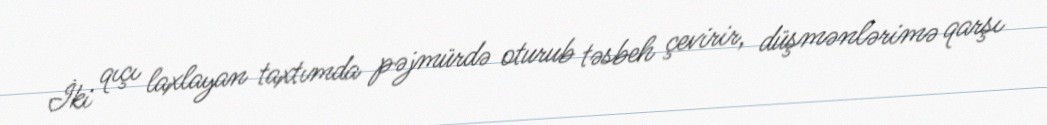
İki qıçı laxlayan taxtımda pəjmürdə oturub təsbeh çevirir, düşmənlərimə qarşı